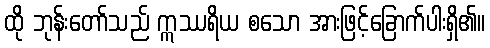
ထို ဘုန်းတော်သည် ဣဿရိယ စသော အားဖြင့်ခြောက်ပါးရှိ၏။